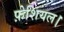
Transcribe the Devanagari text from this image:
फ़ेशियल।